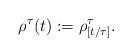
LaTeX: \begin{align*}\rho^{\tau}(t):=\rho_{[t/\tau]}^{\tau}.\end{align*}